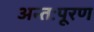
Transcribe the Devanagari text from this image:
अन्तःपूरण